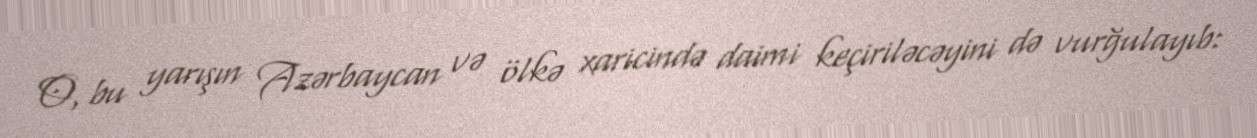
O, bu yarışın Azərbaycan və ölkə xaricində daimi keçiriləcəyini də vurğulayıb: